Report on plague in the Punjab from October 1st ... to September 30th ..., being the ... season of plague in the province
Disease focus: Plague
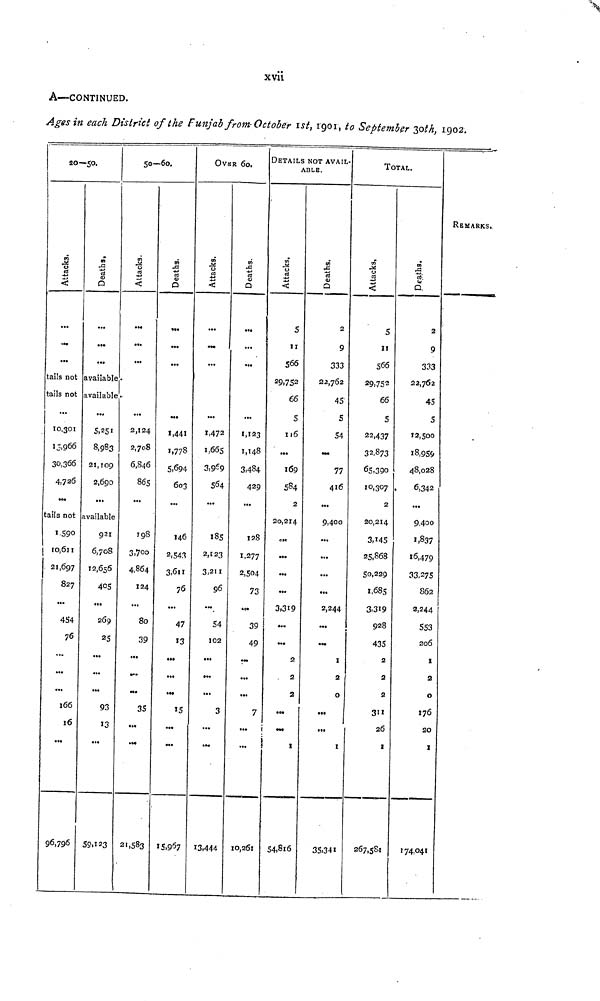
xvii
A—CONTINUED.
Ages in each District of the Punjab from October 1st, 1901, to September 30th, 1902.
20—50.
Attacks.
...
...
...
tails not
tails not
...
10,301
15,966
30,366
4,726
...
tails not
1.590
10,611
21,697
827
...
454
76
...
...
...
166
16
...
96,796
Deaths.
...
...
...
available
available
...
5,251
8,983
21,109
2,690
...
available
921
6,708
12,656
405
...
269
25
...
...
...
93
13
...
59,123
50—60.
Attacks.
...
...
...
•
...
2,124
2,708
6,846
865
...
7 98
3,700
4,864
124
...
80
39
...
...
...
35
...
...
21,583
Deaths.
...
...
...
...
1,441
1,778
5,694
603
...
146
2,543
3,611
76
...
47
13
...
...
...
15
...
...
15,967
OVER 60.
Attacks.
...
...
...
...
1,472
1,.665
3,959
564
...
185
2,123
3,211
96
...
54
102
...
...
...
3
...
...
13,444
Deaths.
...
...
...
...
1,123
1,148
3,484
429
...
128
1,277
2,504
73
...
39
49
...
...
...
7
...
...
10,261
DETAILS NOT AVAIL
ABLE.
Attacks.
5
11
566
29,752
66
5
116
...
169
584
2
20,214
...
...
...
...
3,319
...
...
2
2
2
...
...
1
54,816
Deaths.
2
9
333
22,762
45
5
54
...
77
416
...
9,400
...
...
...
...
2,244
...
...
1
2
0
...
...
1
35,341
TOTAL.
Attacks.
5
11
566
29,752
66
5
22,437
32,873
65,390
10,307
2
20,214
3,145
25,868
50,229
1,685
3,319
928
435
2
2
2
311
26
1
267,581
Deaths.
2
9
333
22,762
45
5
12,500
18,959
48,028
6,342
...
9,400
1,837
16,479
33,275
862
2,244
553
206
1
2
0
176
20
1
174,041
REMARKS.